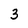
Character: 3